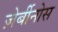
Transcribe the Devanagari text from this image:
ज़ेर्बीनोस